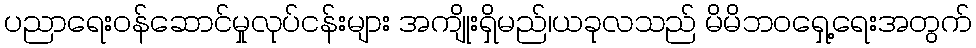
ပညာရေးဝန်ဆောင်မှုလုပ်ငန်းများ အကျိုးရှိမည်၊ယခုလသည် မိမိဘဝရှေ့ရေးအတွက်